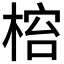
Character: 𬃋